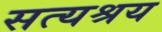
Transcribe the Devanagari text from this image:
सत्यश्रय